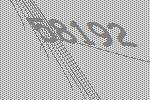
58192